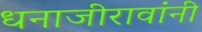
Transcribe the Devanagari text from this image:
धनाजीरावांनी